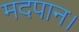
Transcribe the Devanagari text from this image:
मदपान।